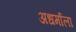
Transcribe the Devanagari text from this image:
अधर्माला